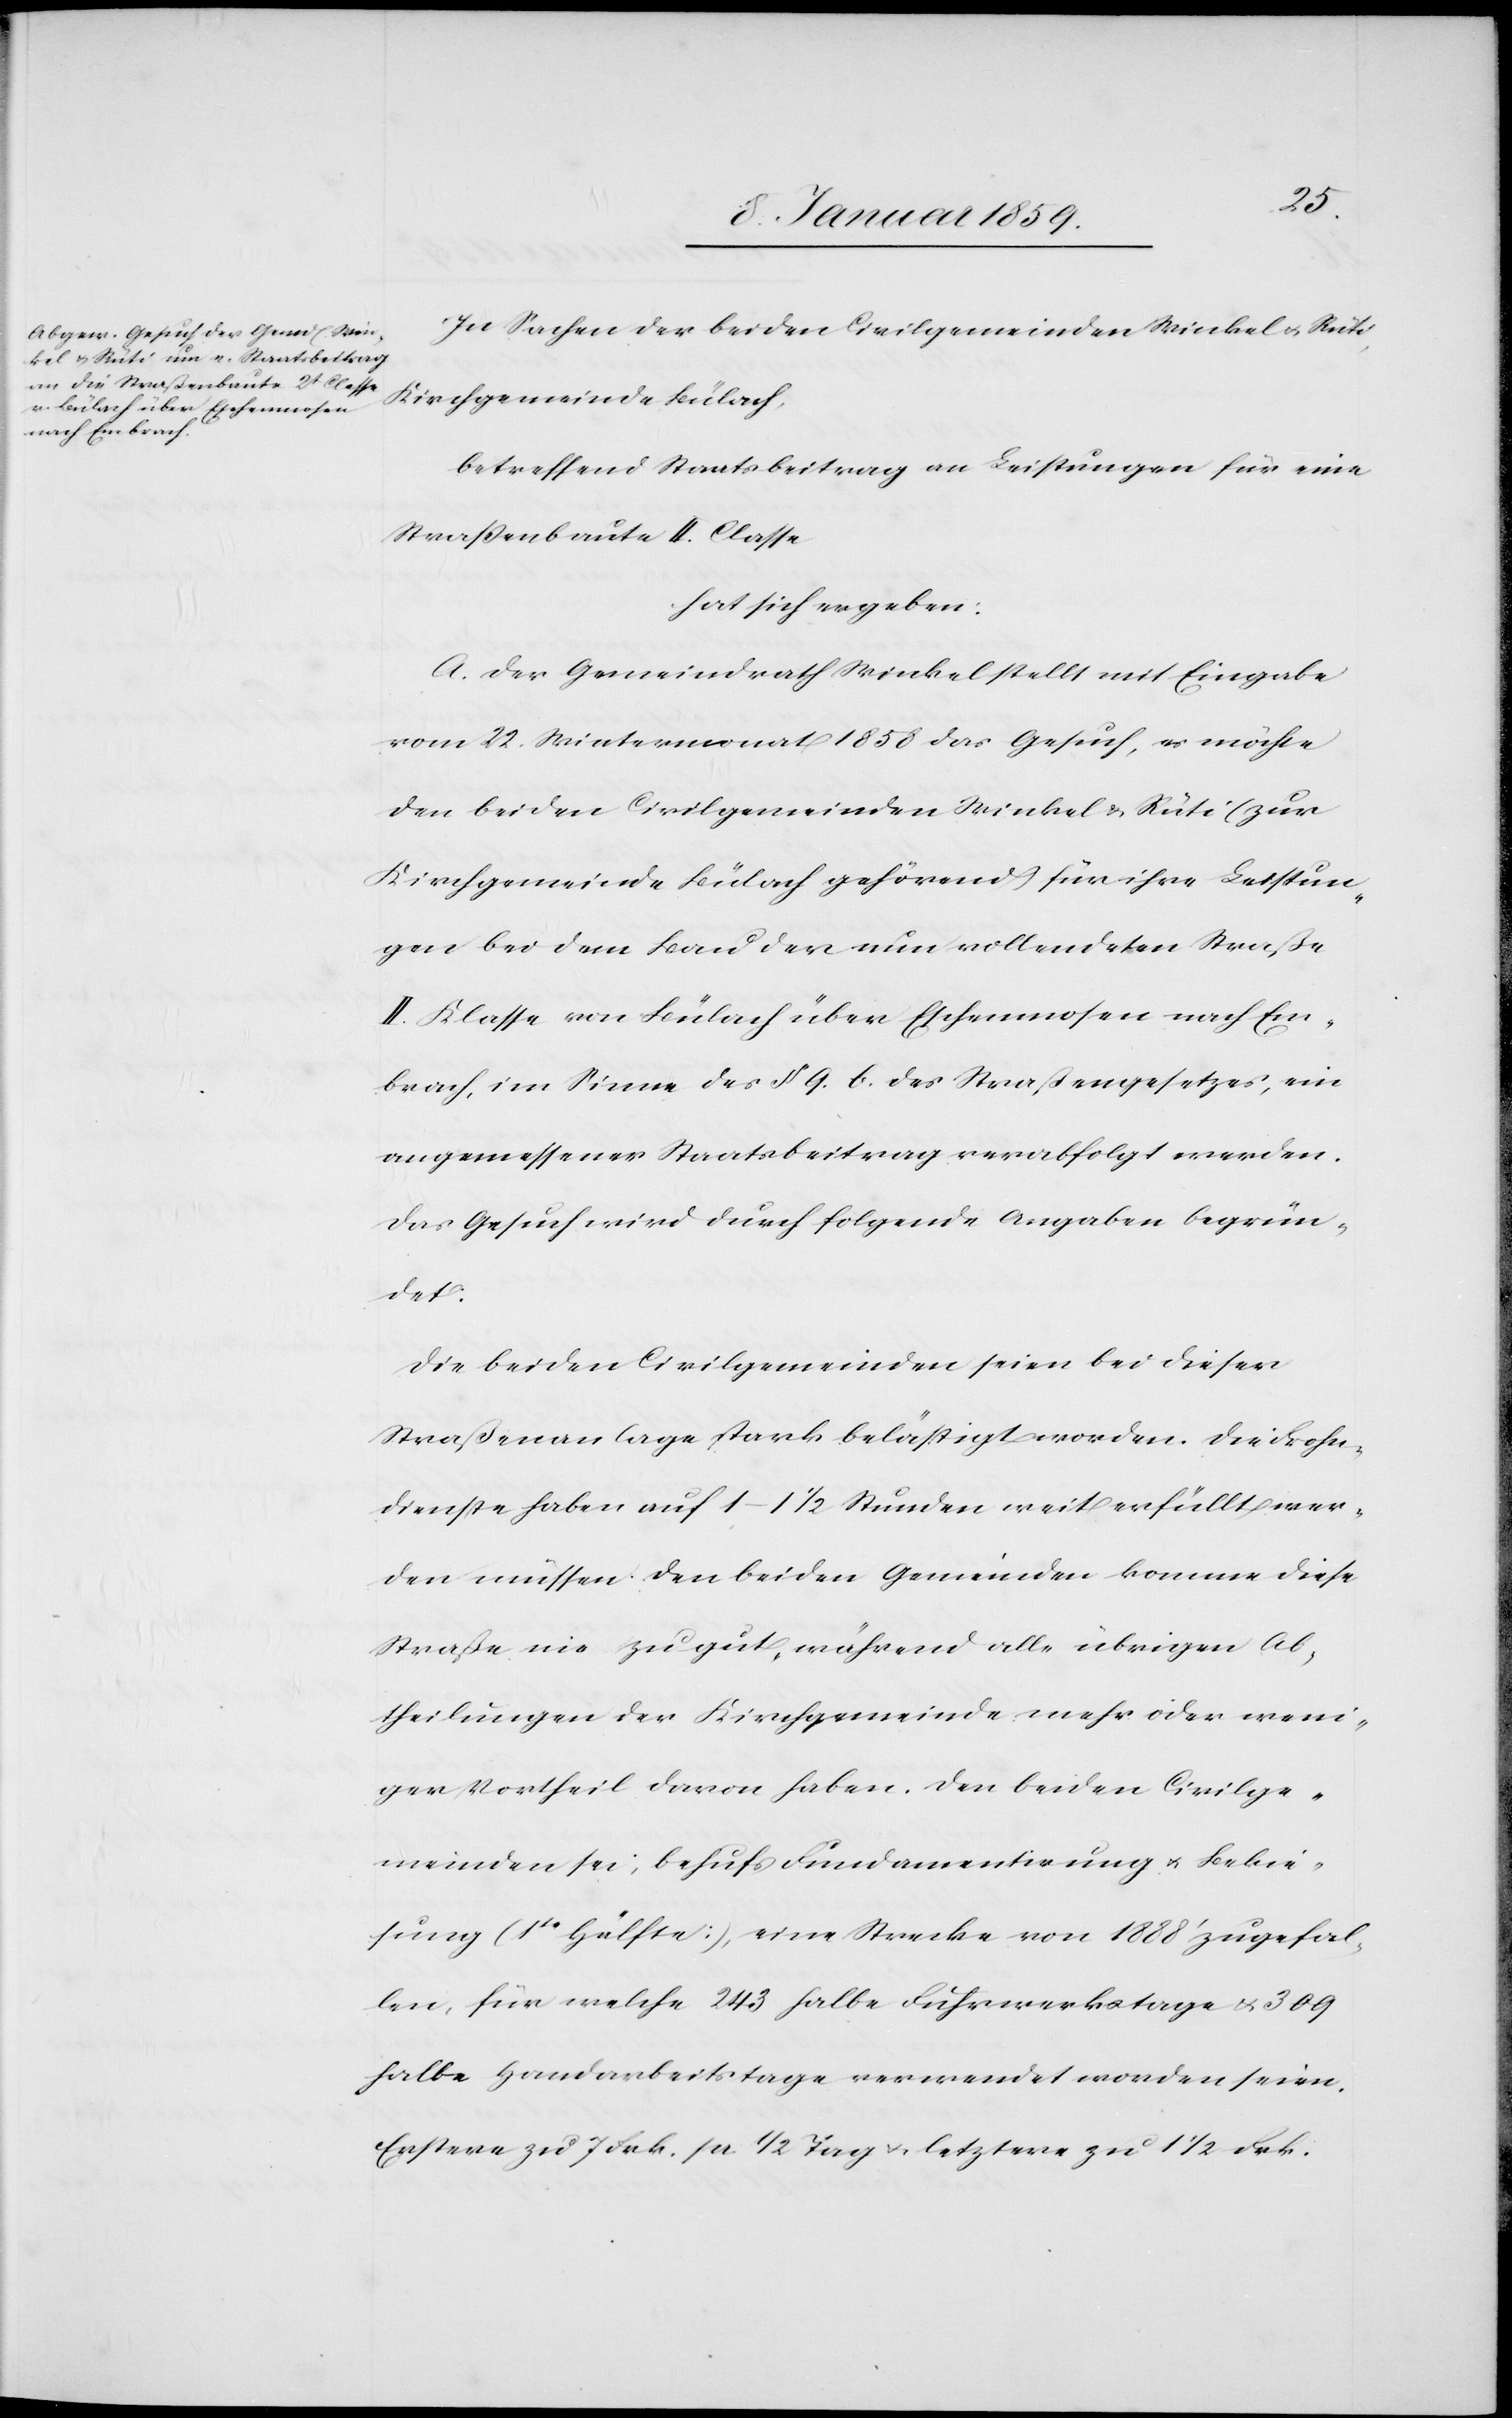
In Sachen der beiden Civilgemeinden Winkel u. Rüti,
Kirchgemeinde Bülach,
betreffend Staatsbeitrag an Leistungen für eine
Straßenbaute II. Classe
hat sich ergeben:
A. Der Gemeinderath Winkel stellt mit Eingabe
vom 22. Wintermonat 1858 das Gesuch, es möchte
den beiden Civilgemeinden Winkel u. Rüti (zur
Kirchgemeinde Bülach gehörend) für ihre Leistun¬
gen bei dem Bau der nun vollendeten Straße
II. Klasse von Bülach über Eschenmosen nach Em¬
brach, im Sinne des § 9. b. des Straßengesetzes, ein
angemessener Staatsbeitrag verabfolgt werden.
Das Gesuch wird durch folgende Angaben begrün¬
det:
Die beiden Civilgemeinden seien bei dieser
Straßenanlage stark belästigt worden. Die Frohn¬
dienste haben auf 1–11/2 Stunden weit erfüllt wer¬
den müssen. Den beiden Gemeinden komme diese
Straße nie zu gut, während alle übrigen Ab¬
theilungen der Kirchgemeinde mehr oder weni¬
ger Vortheil davon haben. Den beiden Civilge¬
meinden sei; behufs Fundamentirung u. Bekie¬
sung (1te Hälfte), eine Strecke von 1888' zugefal¬
len, für welche 243 halbe Fuhrwerkstage u. 309
halbe Handarbeitstage verwendet worden seien.
Erstere zu 7 Frk. pr 1/2 Tag u. letztere zu 11/2 Frk.